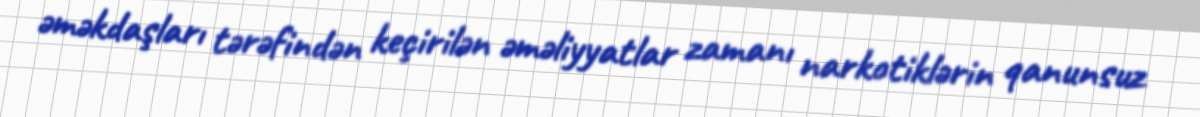
əməkdaşları tərəfindən keçirilən əməliyyatlar zamanı narkotiklərin qanunsuz